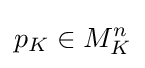
p_{K}\in M_{K}^{n}